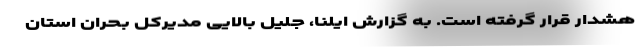
هشدار قرار گرفته است. به گزارش‌ ایلنا، جلیل بالایی مدیرکل بحران استان